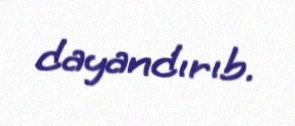
dayandırıb.